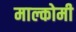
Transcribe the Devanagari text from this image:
माल्कोमी